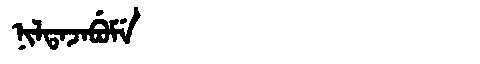
Manchu: ᠨᡳᠯᡨᠠᠵᠠᠪᡠᠮᡝ
Romanization: NILTAJABUME